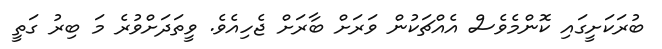
ބުރަކަށީގައި ކޮންމެވެސް އެއްޗަކުން ވަރަށް ބާރަށް ޖެހިއެވެ. ވީތަދަށްވުރެ މަ ބިރު ގަތީ